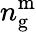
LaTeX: n_{\mathrm{g}}^{\mathrm{m}}